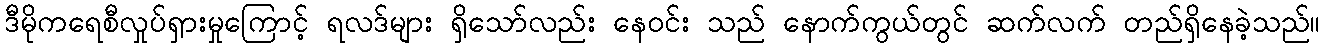
ဒီမိုကရေစီလှုပ်ရှားမှုကြောင့် ရလဒ်များ ရှိသော်လည်း နေဝင်း သည် နောက်ကွယ်တွင် ဆက်လက် တည်ရှိနေခဲ့သည်။